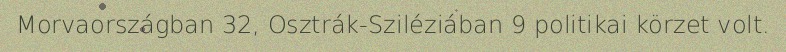
Morvaországban 32, Osztrák-Sziléziában 9 politikai körzet volt.